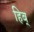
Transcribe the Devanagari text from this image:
हिब्